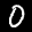
Label: 0